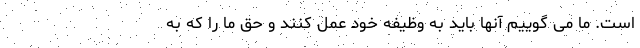
است. ما می گوییم آنها باید به وظیفه خود عمل کنند و حق ما را که به